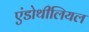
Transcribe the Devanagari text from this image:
एंडोथीलियल